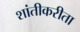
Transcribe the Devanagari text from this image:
शांतीकरीता